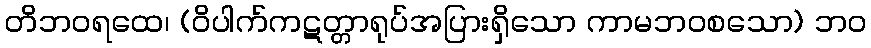
တိဘဝရထေ၊ (ဝိပါက်ကဋတ္တာရုပ်အပြားရှိသော ကာမဘဝစသော) ဘဝ